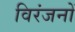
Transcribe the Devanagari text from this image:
विरंजनों